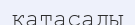
қатасады